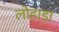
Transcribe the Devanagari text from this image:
लोहाड़ा